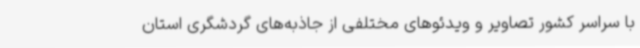
با سراسر کشور تصاویر و ویدئوهای مختلفی از جاذبه‌های گردشگری استان